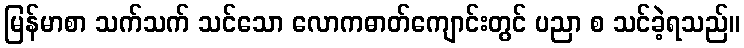
မြန်မာစာ သက်သက် သင်သော လောကဓာတ်ကျောင်းတွင် ပညာ စ သင်ခဲ့ရသည်။